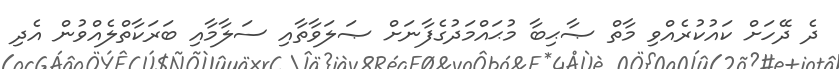
ދެ ދޭހަށް ކައުކުރެއްވި މާތް ޞާޙިބާ މުޙައްމަދުގެފާނަށް ޞަލަވާތާއި ސަލާމާއި ބަރަކާތްލެއްވުން އެދި